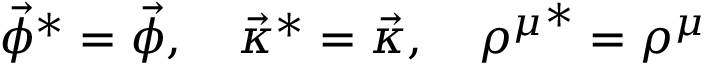
\vec { \phi } ^ { * } = \vec { \phi } , \quad \vec { \kappa } ^ { * } = \vec { \kappa } , \quad { \rho ^ { \mu } } ^ { * } = \rho ^ { \mu }